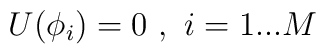
U(\phi _{i})=0\textrm{ },\textrm{ }i=1...M